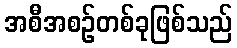
အစီအစဉ်တစ်ခုဖြစ်သည်